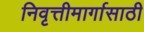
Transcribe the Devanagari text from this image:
निवृत्तीमार्गासाठी